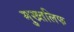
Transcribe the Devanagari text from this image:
मुख्तलिफ